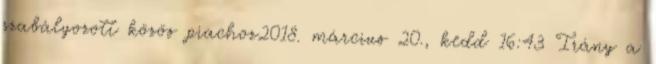
szabályozott közös piachoz2018. március 20., kedd 16:43 Irány a